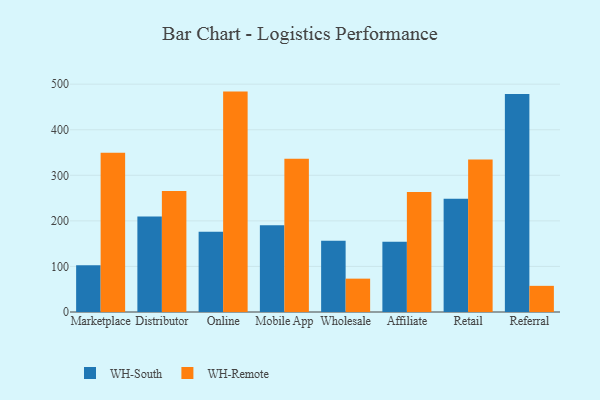
{"axis": {"x": "Channel", "y": "Conversion Rate (%)"}, "legend": ["WH-Remote", "WH-South"], "data": [{"x": "Marketplace", "y": 102.7, "type": "WH-South"}, {"x": "Marketplace", "y": 349.7, "type": "WH-Remote"}, {"x": "Distributor", "y": 209.5, "type": "WH-South"}, {"x": "Distributor", "y": 265.7, "type": "WH-Remote"}, {"x": "Online", "y": 176.0, "type": "WH-South"}, {"x": "Online", "y": 483.7, "type": "WH-Remote"}, {"x": "Mobile App", "y": 190.6, "type": "WH-South"}, {"x": "Mobile App", "y": 336.4, "type": "WH-Remote"}, {"x": "Wholesale", "y": 156.4, "type": "WH-South"}, {"x": "Wholesale", "y": 73.2, "type": "WH-Remote"}, {"x": "Affiliate", "y": 154.0, "type": "WH-South"}, {"x": "Affiliate", "y": 263.3, "type": "WH-Remote"}, {"x": "Retail", "y": 248.4, "type": "WH-South"}, {"x": "Retail", "y": 334.6, "type": "WH-Remote"}, {"x": "Referral", "y": 478.6, "type": "WH-South"}, {"x": "Referral", "y": 57.4, "type": "WH-Remote"}]}